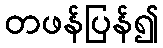
တဖန်ပြန်၍